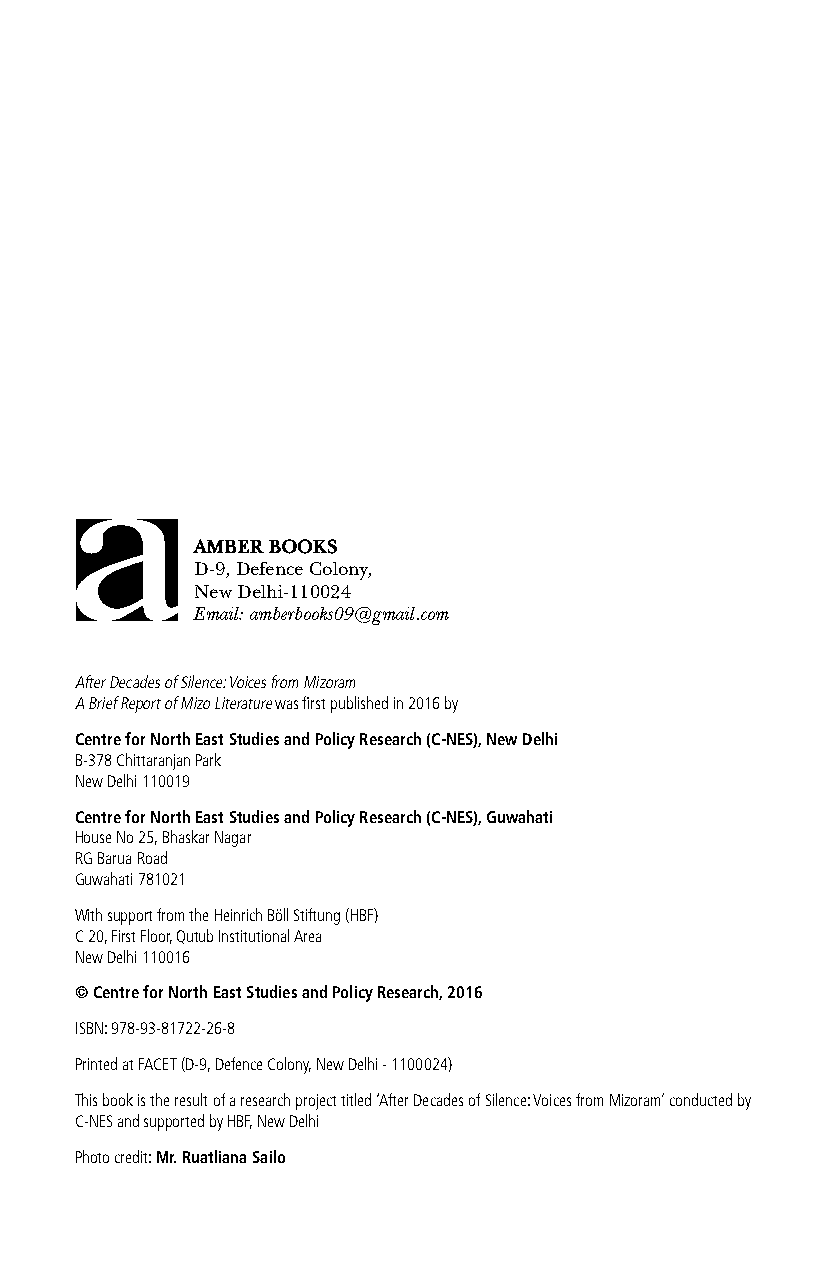
amber books
 D-9, Defence Colony,
 New Delhi-110024
 Email: amberbooks09@gmail.com
 After Decades of Silence: Voices from Mizoram
 A Brief Report of Mizo Literature was first published in 2016 by
 centre for north east studies and Policy research (c-nes), new Delhi
 B-378 Chittaranjan Park
 New Delhi 110019
 centre for north east studies and Policy research (c-nes), Guwahati
 House No 25, Bhaskar Nagar
 RG Barua Road
 Guwahati 781021
 With support from the Heinrich Böll Stiftung (HBF)
 C 20, First Floor, Qutub Institutional Area
 New Delhi 110016
 © centre for north east studies and Policy research, 2016
 ISBN: 978-93-81722-26-8
 Printed at FACET (D-9, Defence Colony, New Delhi - 1100024)
 This book is the result of a research project titled ‘After Decades of Silence: Voices from Mizoram’ conducted by
 C-NES and supported by HBF, New Delhi
 Photo credit: Mr. ruatliana sailo